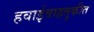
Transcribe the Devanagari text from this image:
हवाईवाहतुकीत